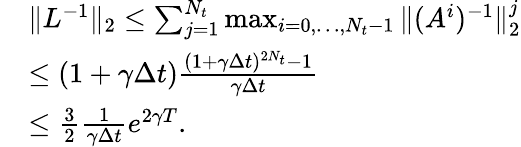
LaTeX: \begin{array}{rl}&{\| L^{-1}\| _{2}\leq\sum_{j=1}^{N_{t}}\operatorname*{max}_{i=0,\dots,N_{t}-1}\| (A^{i})^{-1}\| _{2}^{j}}\\ &{\leq(1+\gamma\Delta t)\frac{(1+\gamma\Delta t)^{2N_{t}}-1}{\gamma\Delta t}}\\ &{\leq\frac{3}{2}\frac{1}{\gamma\Delta t}e^{2\gamma T}.}\end{array}